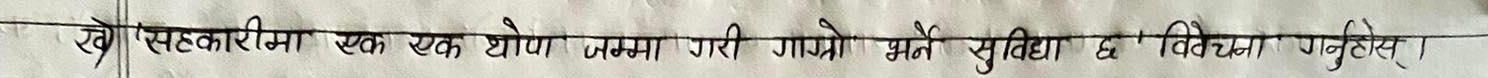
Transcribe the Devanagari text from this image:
खे 'सहकारीमा एक एक थोपा जम्मा गरी गाम्रो भर्ने सुविधा छ 'विवेचना गर्नुहोस् ।